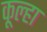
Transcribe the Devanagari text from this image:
कूल्‍हा